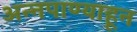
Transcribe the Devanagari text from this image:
अन्नपाण्याहून